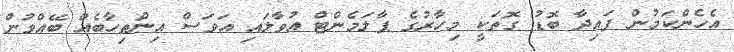
އެހެންކަމުން ފައިދާ ބޮޑު ގޮތަކީ މިހާރުގެ ޕާލަމެންޓް އުވާލައި އަވަސް އިންތިހާބެއް ބޭއްވުން